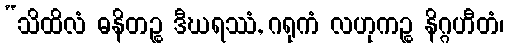
“သိထိလံ ဓနိတဉ္စ ဒီဃရဿံ, ဂရုကံ လဟုကဉ္စ နိဂ္ဂဟီတံ၊